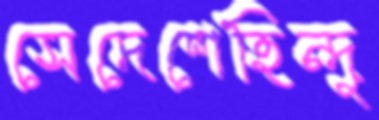
সেদেশেহিন্দু